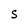
Character: S